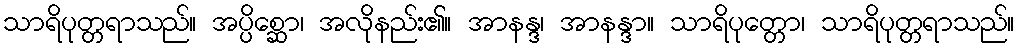
သာရိပုတ္တရာသည်။ အပ္ပိစ္ဆော၊ အလိုနည်း၏။ အာနန္ဒ၊ အာနန္ဒာ။ သာရိပုတ္တော၊ သာရိပုတ္တရာသည်။